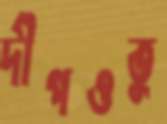
দীপওতু